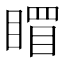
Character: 𥉞